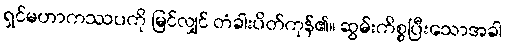
ရှင်မဟာကဿပကို မြင်လျှင် တံခါးပိတ်ကုန်၏။ ဆွမ်းကိစ္စပြီးသောအခါ